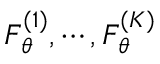
F _ { \boldsymbol { \theta } } ^ { ( 1 ) } , \cdots , F _ { \boldsymbol { \theta } } ^ { ( K ) }